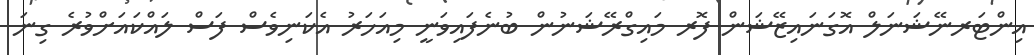
އިންޓަރނޭޝަނަލް އޮގަނައިޒޭޝަން ފޮރ މައިގްރޭޝަނުން ބުނެފައިވަނީ މިއަހަރު އެކަނިވެސް ފަސް ލައްކައަށްވުރެ ގިނަ